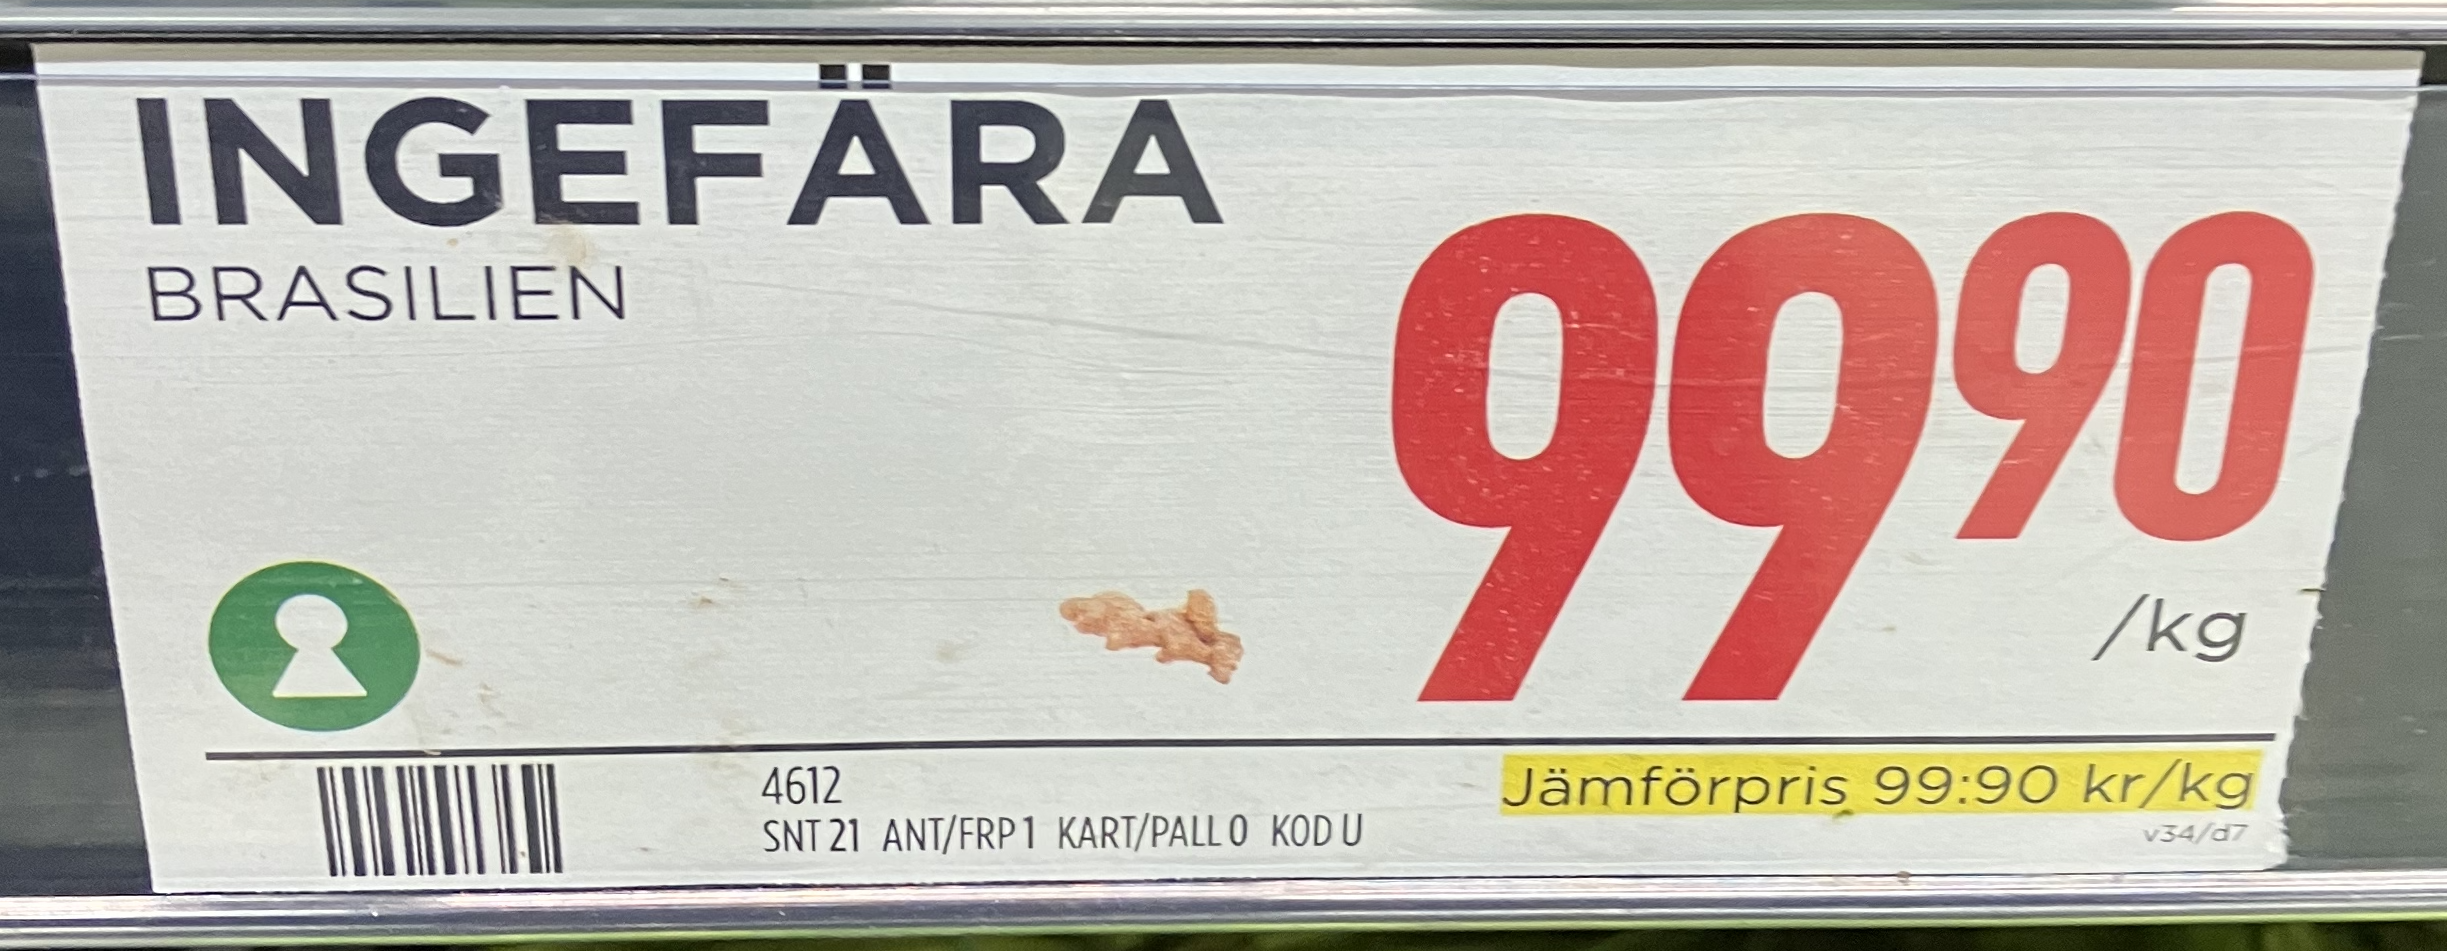
Vara: Ingefära
Genomsnittspris: 99.9 per kg